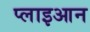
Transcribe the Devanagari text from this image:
प्लाइआन